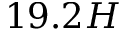
1 9 . 2 H